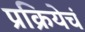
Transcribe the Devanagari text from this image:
प्रक्रियेचं